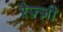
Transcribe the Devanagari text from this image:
रैज़्ज़ी